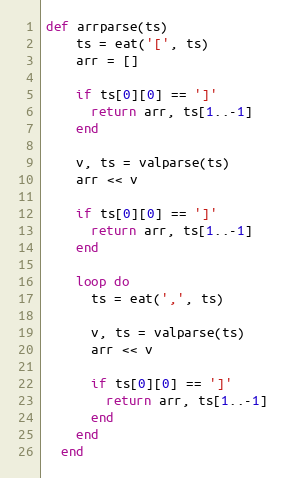
Language: Ruby
def arrparse(ts)
    ts = eat('[', ts)
    arr = []

    if ts[0][0] == ']'
      return arr, ts[1..-1]
    end

    v, ts = valparse(ts)
    arr << v

    if ts[0][0] == ']'
      return arr, ts[1..-1]
    end

    loop do
      ts = eat(',', ts)

      v, ts = valparse(ts)
      arr << v

      if ts[0][0] == ']'
        return arr, ts[1..-1]
      end
    end
  end